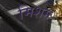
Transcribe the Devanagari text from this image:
मिशम